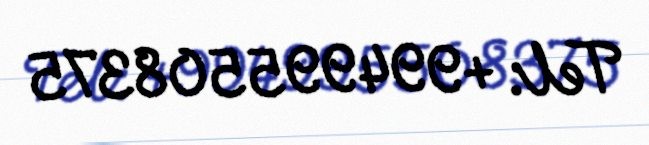
Tel: +994995508375